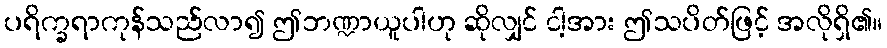
ပရိက္ခရာကုန်သည်လာ၍ ဤဘဏ္ဍာယူပါဟု ဆိုလျှင် ငါ့အား ဤသပိတ်ဖြင့် အလိုရှိ၏။